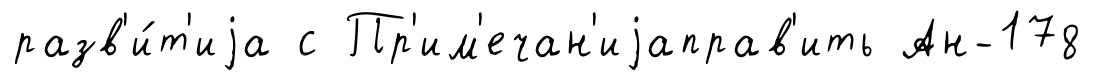
разв'и́т'иjа с Пр'им'ечан'иjаправ'ить Ан-178